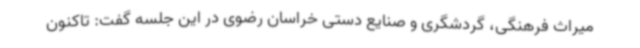
میراث فرهنگی، گردشگری و صنایع دستی خراسان رضوی در این جلسه گفت: تاکنون